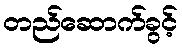
တည်ဆောက်ခွင့်